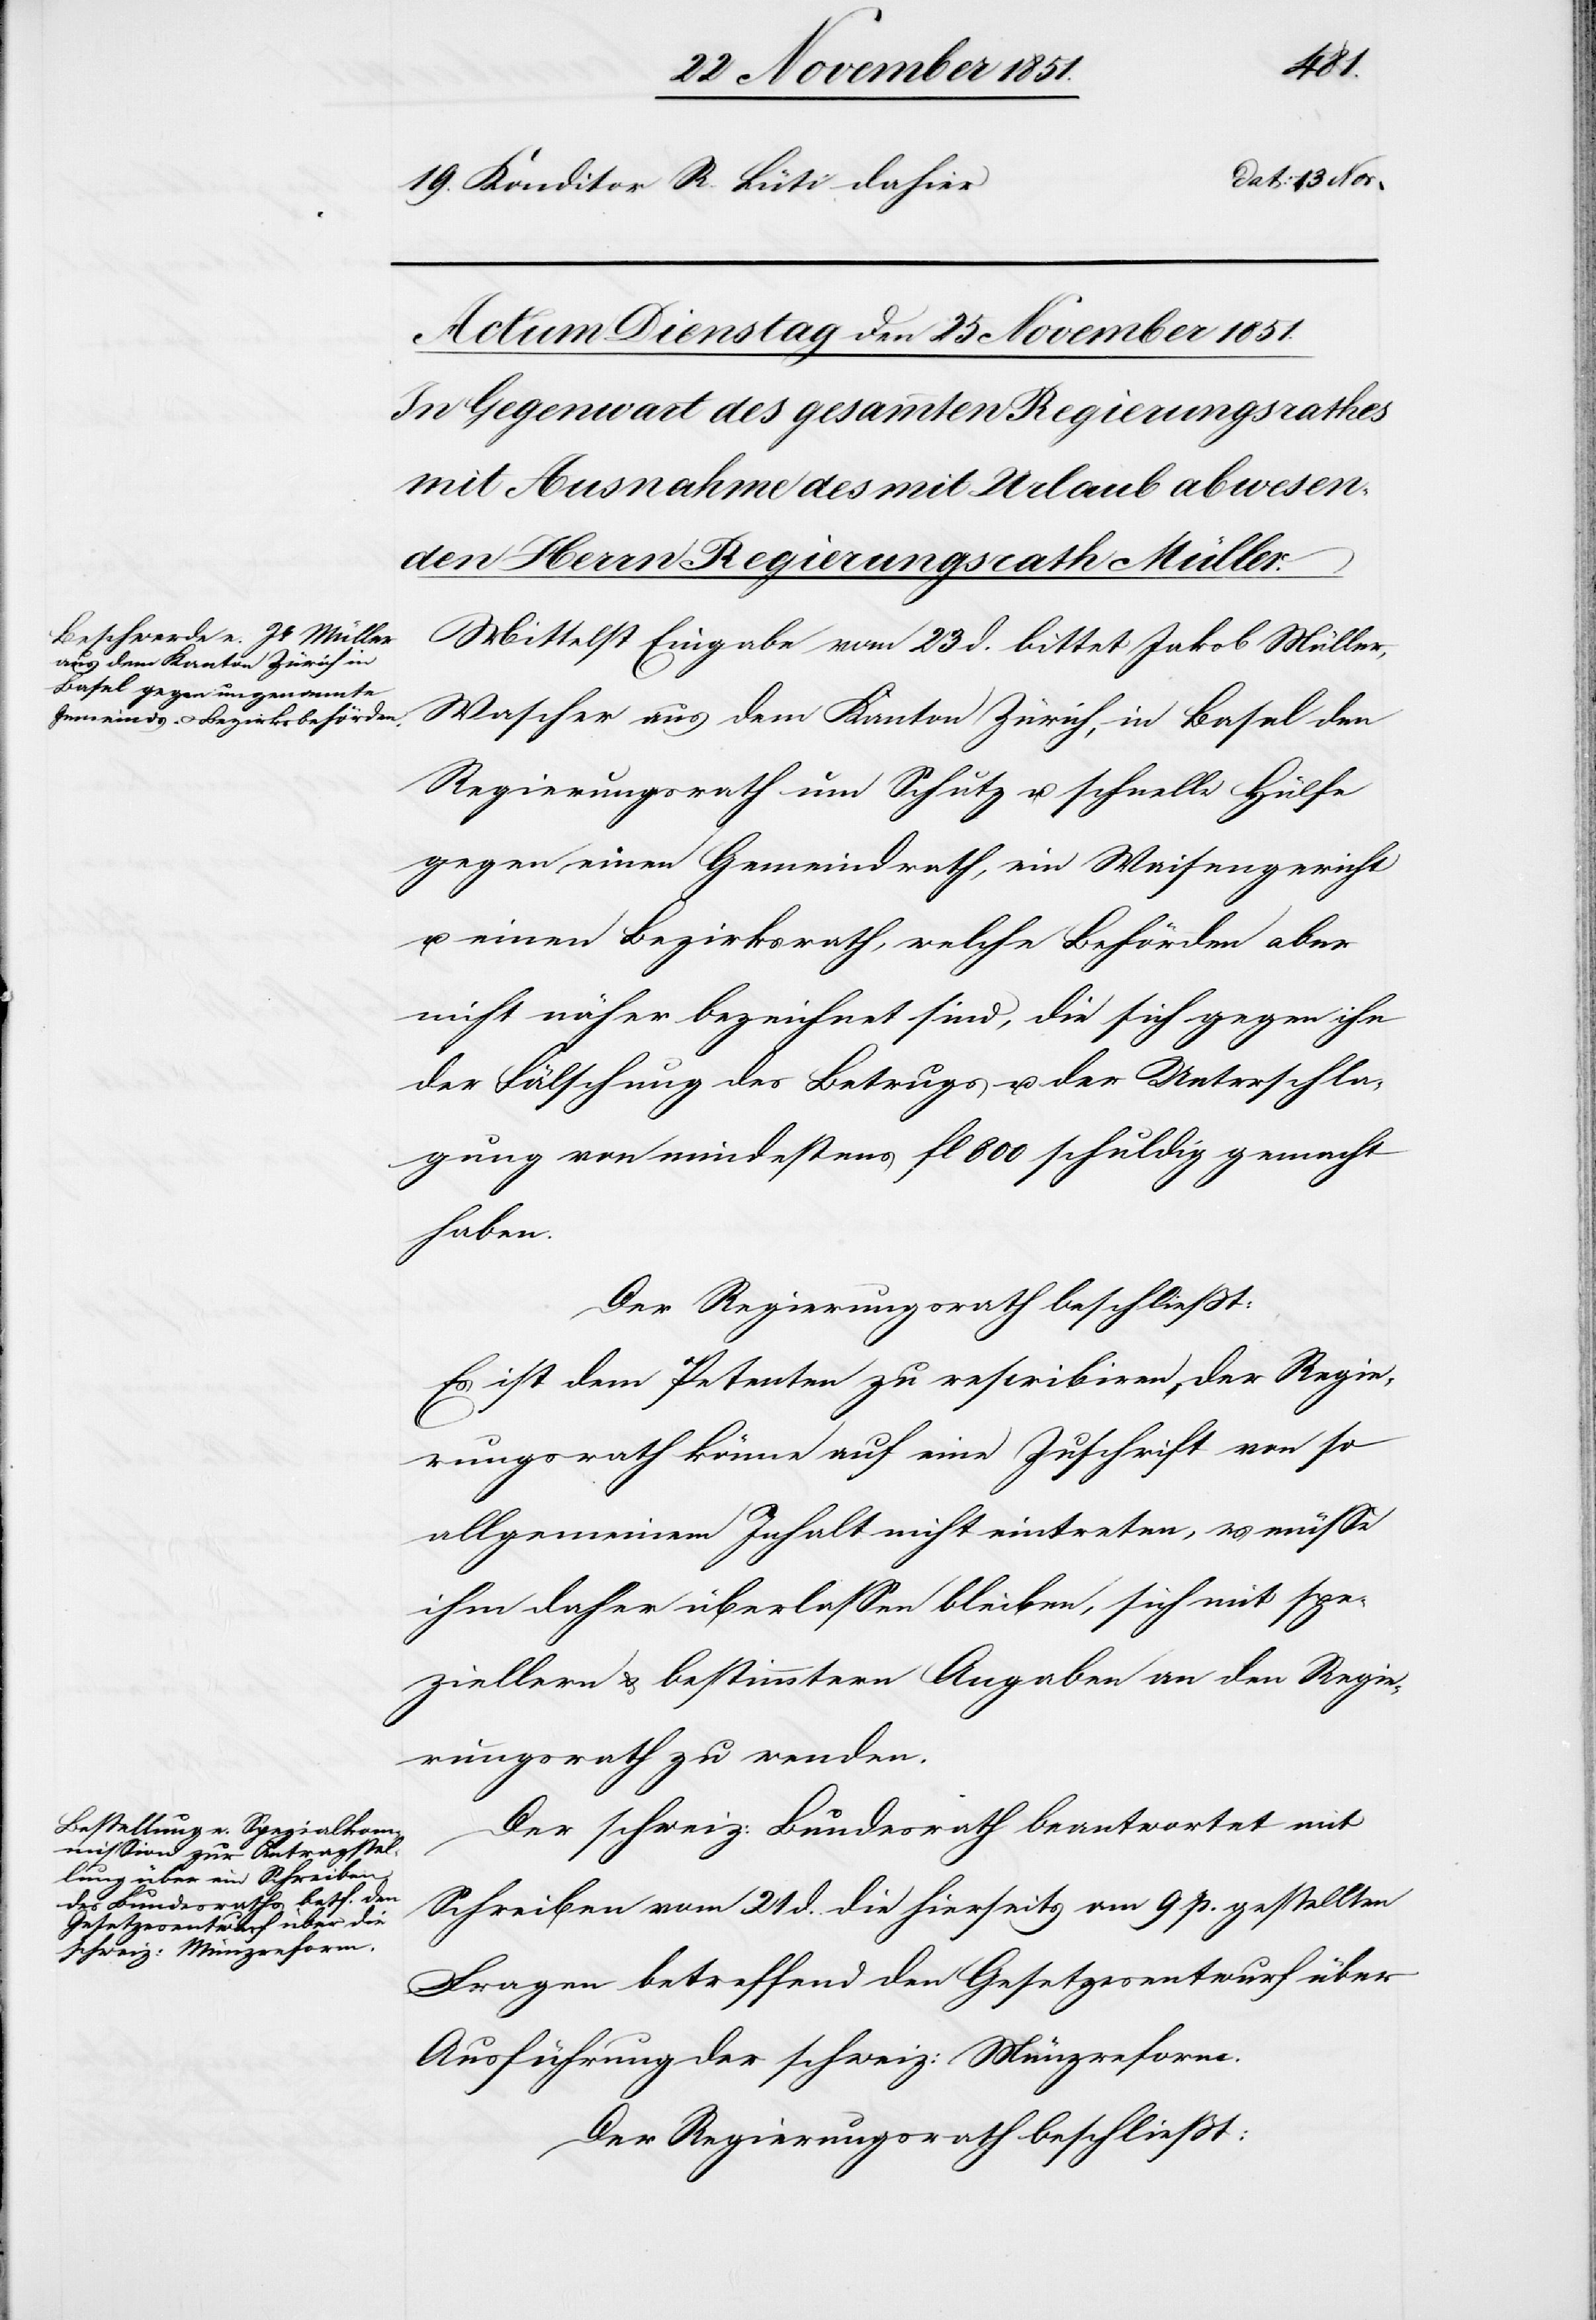
Konditor R. Lüti dahier
Mittelst Eingabe vom 23 d. bittet Jakob Müller,
Wascher aus dem Kanton Zürich, in Basel den
Regierungsrath um Schutz u. schnelle Hülfe
gegen einen Gemeindrath, ein Waisengericht
u. einen Bezirksrath, welche Behörden aber
nicht näher bezeichnet sind, die sich gegen ihn
der Fälschung[,] des Betrugs u. der Unterschla¬
gung von mindestens fl 800 schuldig gemacht
haben.
Der Regierungsrath beschließt:
Es ist dem Petenten zu rescribiren, der Regie¬
rungsrath könne auf eine Zuschrift von so
allgemeinem Inhalt nicht eintreten, es müsse
ihm daher überlassen bleiben, sich mit spe¬
ziellern & bestimmtern Angaben an den Regie¬
rungsrath zu wenden.
Der schweiz: Bundesrath beantwortet mit
Schreiben vom 21 d. die hierseits am 9 p. gestellten
Fragen betreffend den Gesetzesentwurf über
Ausführung der schweiz: Münzreform.
Der Regierungsrath beschließt: